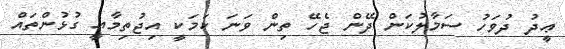
ޢީދު ދުވަހު ސަމާލުކަން ދޭން ޖެހޭ ތިން ވަނަ ކަމަކީ އިޖުތިމާއީ ގުޅުންތައް